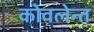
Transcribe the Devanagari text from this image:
कोवलेन्त